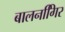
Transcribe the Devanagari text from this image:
बालनगििर